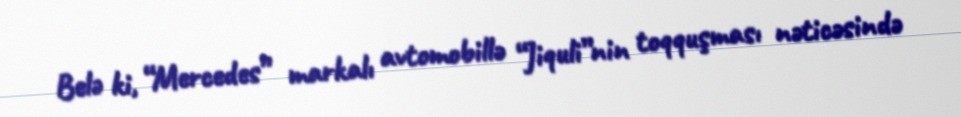
Belə ki, “Mercedes” markalı avtomobillə “Jiquli”nin toqquşması nəticəsində